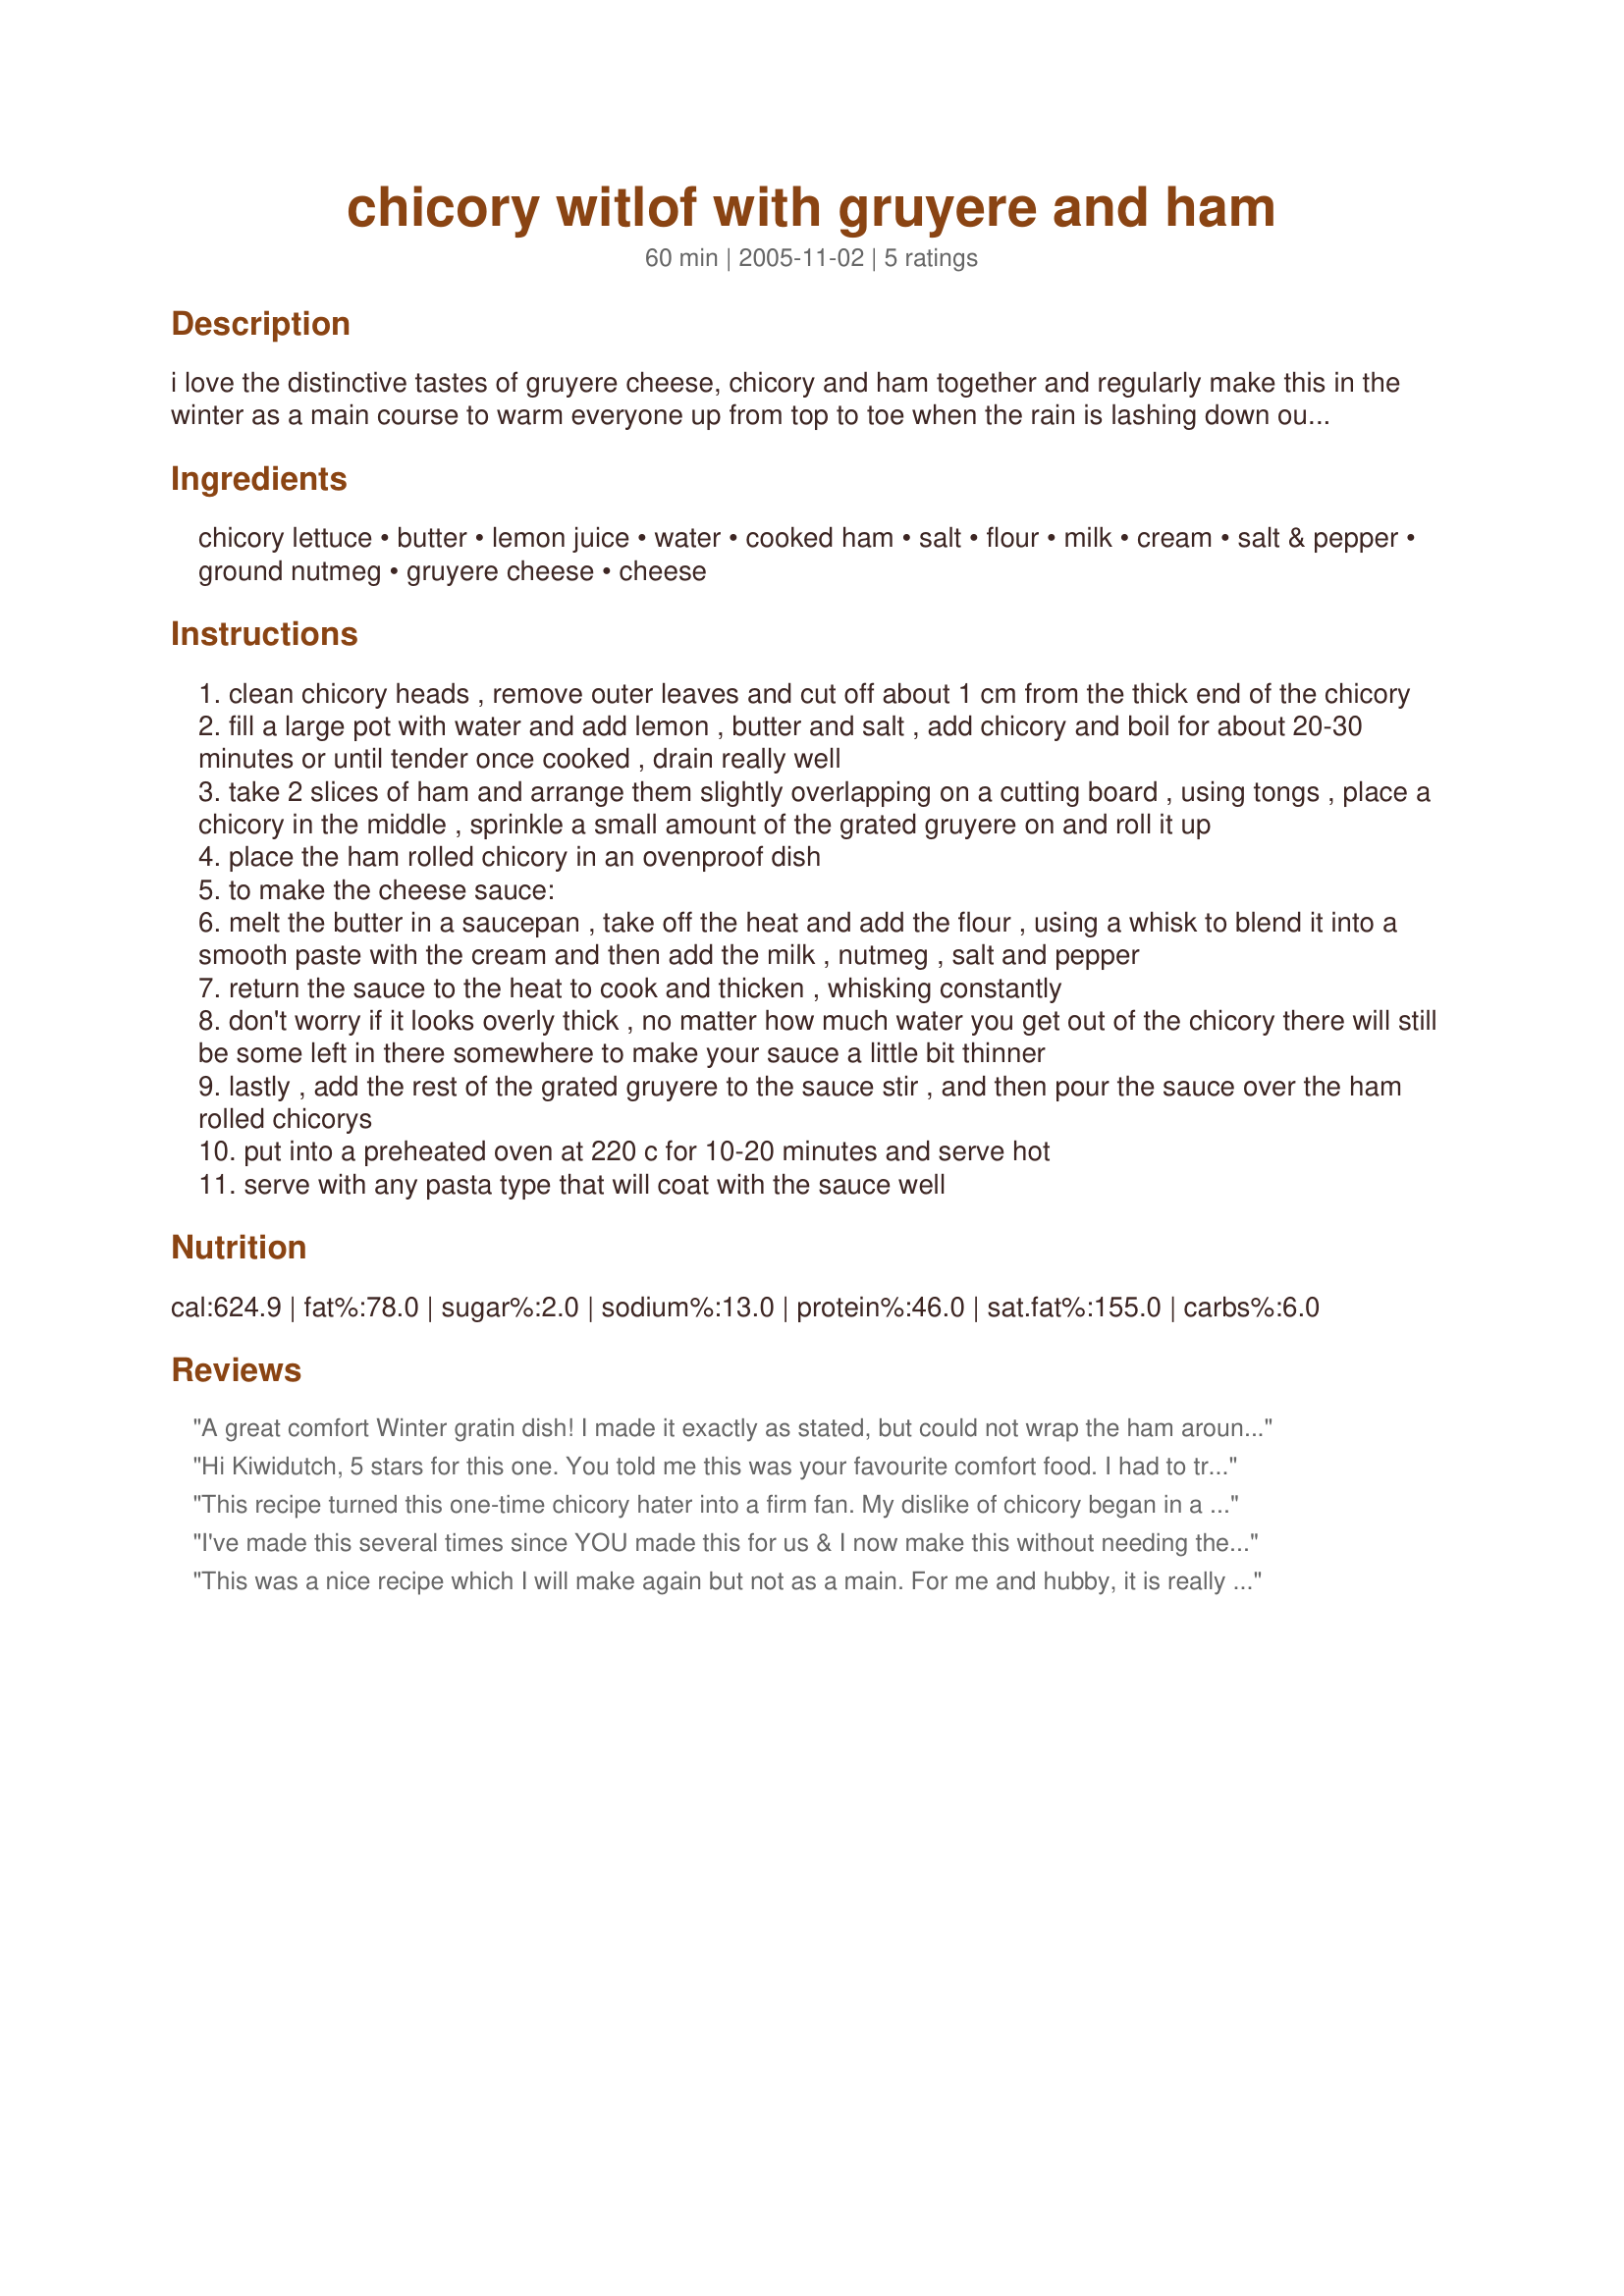
chicory witlof with gruyere and ham
Preparation time: 60 minutes

i love the distinctive tastes of gruyere cheese, chicory and ham together and regularly make this in the winter as a main course to warm everyone up from top to toe when the rain is lashing down outside and they come in from the cold, ... hearty comfort food :) gruyere cheese gives this recipe a flavour all of its own. enjoy!

Ingredients:
chicory lettuce, butter, lemon juice, water, cooked ham, salt, flour, milk, cream, salt & pepper, ground nutmeg, gruyere cheese, cheese

Steps:
clean chicory heads , remove outer leaves and cut off about 1 cm from the thick end of the chicory
fill a large pot with water and add lemon , butter and salt , add chicory and boil for about 20-30 minutes or until tender once cooked , drain really well
take 2 slices of ham and arrange them slightly overlapping on a cutting board , using tongs , place a chicory in the middle , sprinkle a small amount of the grated gruyere on and roll it up
place the ham rolled chicory in an ovenproof dish
to make the cheese sauce:
melt the butter in a saucepan , take off the heat and add the flour , using a whisk to blend it into a smooth paste with the cream and then add the milk , nutmeg , salt and pepper
return the sauce to the heat to cook and thicken , whisking constantly
don't worry if it looks overly thick , no matter how much water you get out of the chicory there will still be some left in there somewhere to make your sauce a little bit thinner
lastly , add the rest of the grated gruyere to the sauce stir , and then pour the sauce over the ham rolled chicorys
put into a preheated oven at 220 c for 10-20 minutes and serve hot
serve with any pasta type that will coat with the sauce well

Reviews:
A great comfort Winter gratin dish! I made it exactly as stated, but could not wrap the ham around the endives(Chicory), as it was home-baked ham and too thick! So, I laid the ham slices underneath the endives. I also cut down on the cheese a little bit, I used one and a half cups of gruyere cheese as it is quite strong - the flavour was still very cheesy & good. I make a similar version of this myself - but it was nice to try another recipe for a change - thanks Kiwidutch, a great recipe!
Hi Kiwidutch, 5 stars for this one. You told me this was your favourite comfort food. I had to try it but couldn't find the chicory first try. This week end I found it. My husband is not always ready to try something new(I'm the adventurous one).He LOVED it and kept saying this is true comfort food.You are right about the water (I even tried to dry them in the salad spinner after I cooked them). It did not deter from th taste. Anyways,I had a bit too much sauce for my casserole so we spooned it on. Gruyere is almost sinful.Thank you for sharing your comfort food. 
Rita
This recipe turned this one-time chicory hater into a firm fan. My dislike of chicory began in a French cafeteria in 1998, where the cooks always boiled it until it was just a bitter mush. What a shame when it can taste so good, as I now know! This dish is hearty, comforting and a beautiful, unique main dish for your family or a dinner party.
I've made this several times since YOU made this for us & I now make this without needing the recipe to refer to. It is a family favorite! Thank you, Kiwi!
This was a nice recipe which I will make again but not as a main. For me and hubby, it is really a side dish. The instructions were bang on though and the flavour was great.
